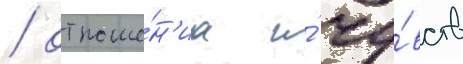
/ отноше́н'иа и́ чу́вств